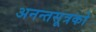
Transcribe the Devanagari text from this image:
अनन्तसूत्रको